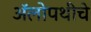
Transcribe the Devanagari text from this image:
अॅलोपथीचे